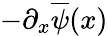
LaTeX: -\partial_{x}\overline{{\psi}}(x)